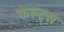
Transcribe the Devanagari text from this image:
फेल्ट्स